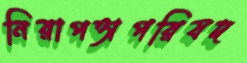
নিরাপত্তাপরিষদ